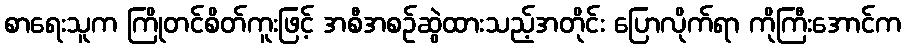
စာရေးသူက ကြိုတင်စိတ်ကူးဖြင့် အစီအစဉ်ဆွဲထားသည့်အတိုင်း ပြောလိုက်ရာ ကိုကြီးအောင်က